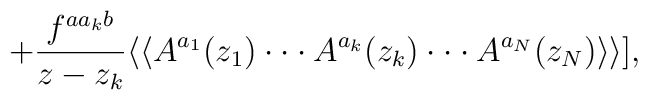
+{f^{aa_kb}\over z-z_k}\langle\langle A^{a_1}(z_1)\cdot\cdot\cdot A^{a_k}(z_k)\cdot\cdot\cdot A^{a_N}(z_N)\rangle\rangle],